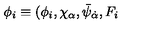
\phi _ { i } \equiv ( \phi _ { i } , \chi _ { \alpha } , \bar { \psi } _ { \dot { \alpha } } , F _ { i }